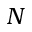
N